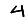
Digit: 4